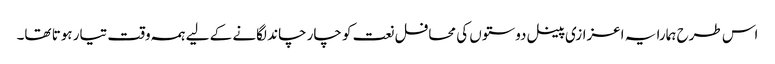
اس طرح ہمارا یہ اعزازی پینل دوستوں کی محافل نعت کو چار چاند لگانے کے لیے ہمہ وقت تیار ہوتا تھا۔